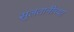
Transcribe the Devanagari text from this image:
सुलतानीच्या